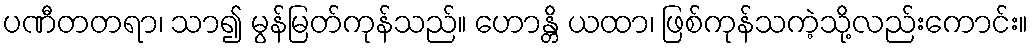
ပဏီတတရာ၊ သာ၍ မွန်မြတ်ကုန်သည်။ ဟောန္တိ ယထာ၊ ဖြစ်ကုန်သကဲ့သို့လည်းကောင်း။